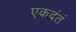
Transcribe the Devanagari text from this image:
एकदंतं